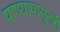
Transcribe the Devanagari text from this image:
पाण्यापासूनही